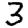
Digit: 3